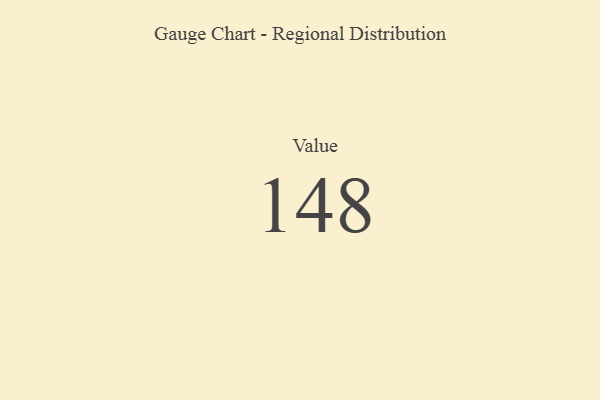
{"axis": {"x": "Metric", "y": "Value"}, "legend": [""], "data": [{"x": "Value", "y": 148, "type": ""}]}